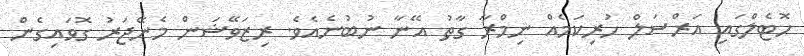
ހޮޓެލްގައި އަރްސަލް ހުރިކަމެއް ނިމްރާ ގާތު އޭނާ ނުބުނެއެވެ. ރިޒަވޭޝަން މެނޭޖަރު ގޮވައިގެން